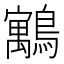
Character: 䴁